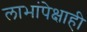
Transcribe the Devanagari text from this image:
लाभांपेक्षाही